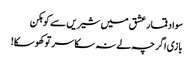
سواد قمار عشق میں شیریں سے کوہکن
بازی اگر چہ لے نہ سکا سر تو کھوسکا!